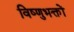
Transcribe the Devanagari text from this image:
विष्णुभक्तों